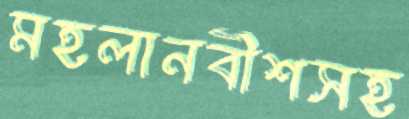
মহলানবীশসহ